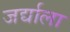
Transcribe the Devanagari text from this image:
जर्द्याला